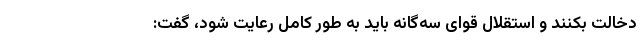
دخالت بکنند و استقلال قوای سه‌گانه باید به طور کامل رعایت شود، گفت: